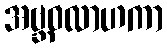
အဗ္ဘဝလာဟကာ